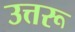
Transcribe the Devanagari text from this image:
उत्तरू